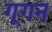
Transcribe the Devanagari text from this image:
गूगन